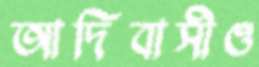
আদিবাসীও